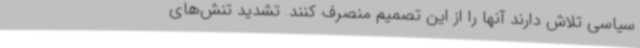
سیاسی تلاش‌ دارند آنها را از این تصمیم منصرف کنند. تشدید تنش‌های